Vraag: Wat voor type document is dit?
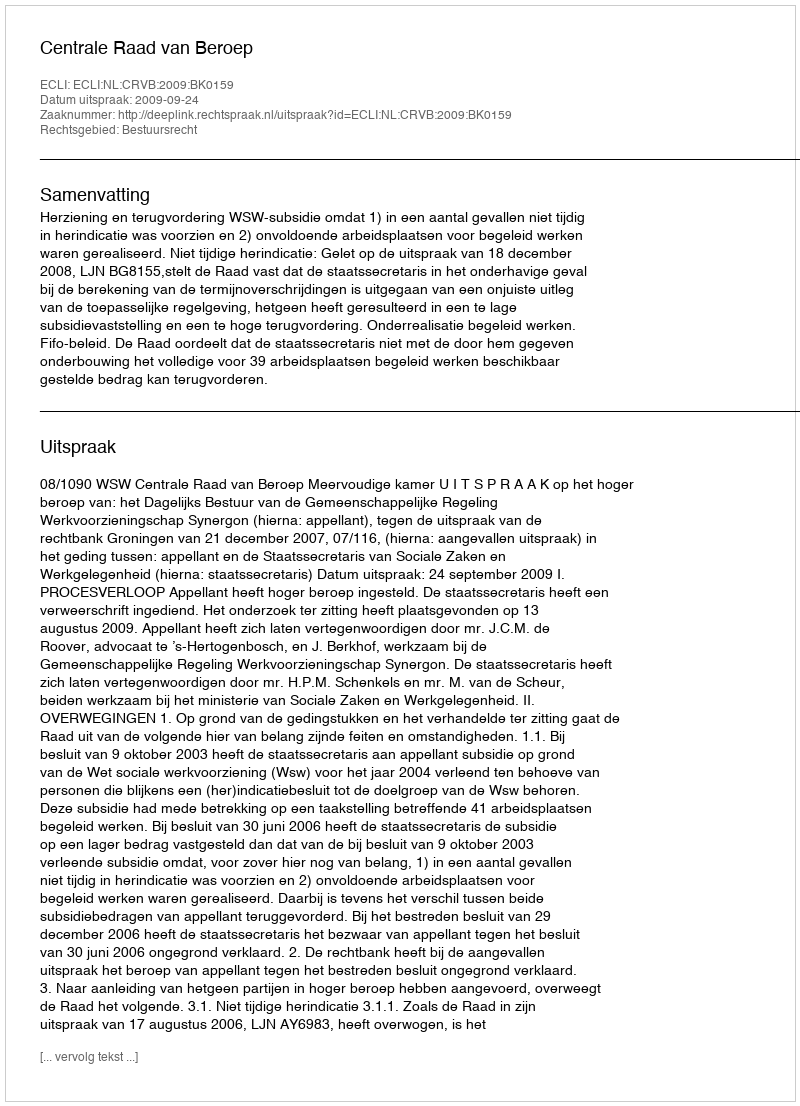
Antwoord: Uitspraak